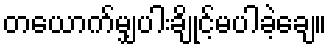
တယောက်မျှပါးချိုင့်မပါခဲ့ချေ။